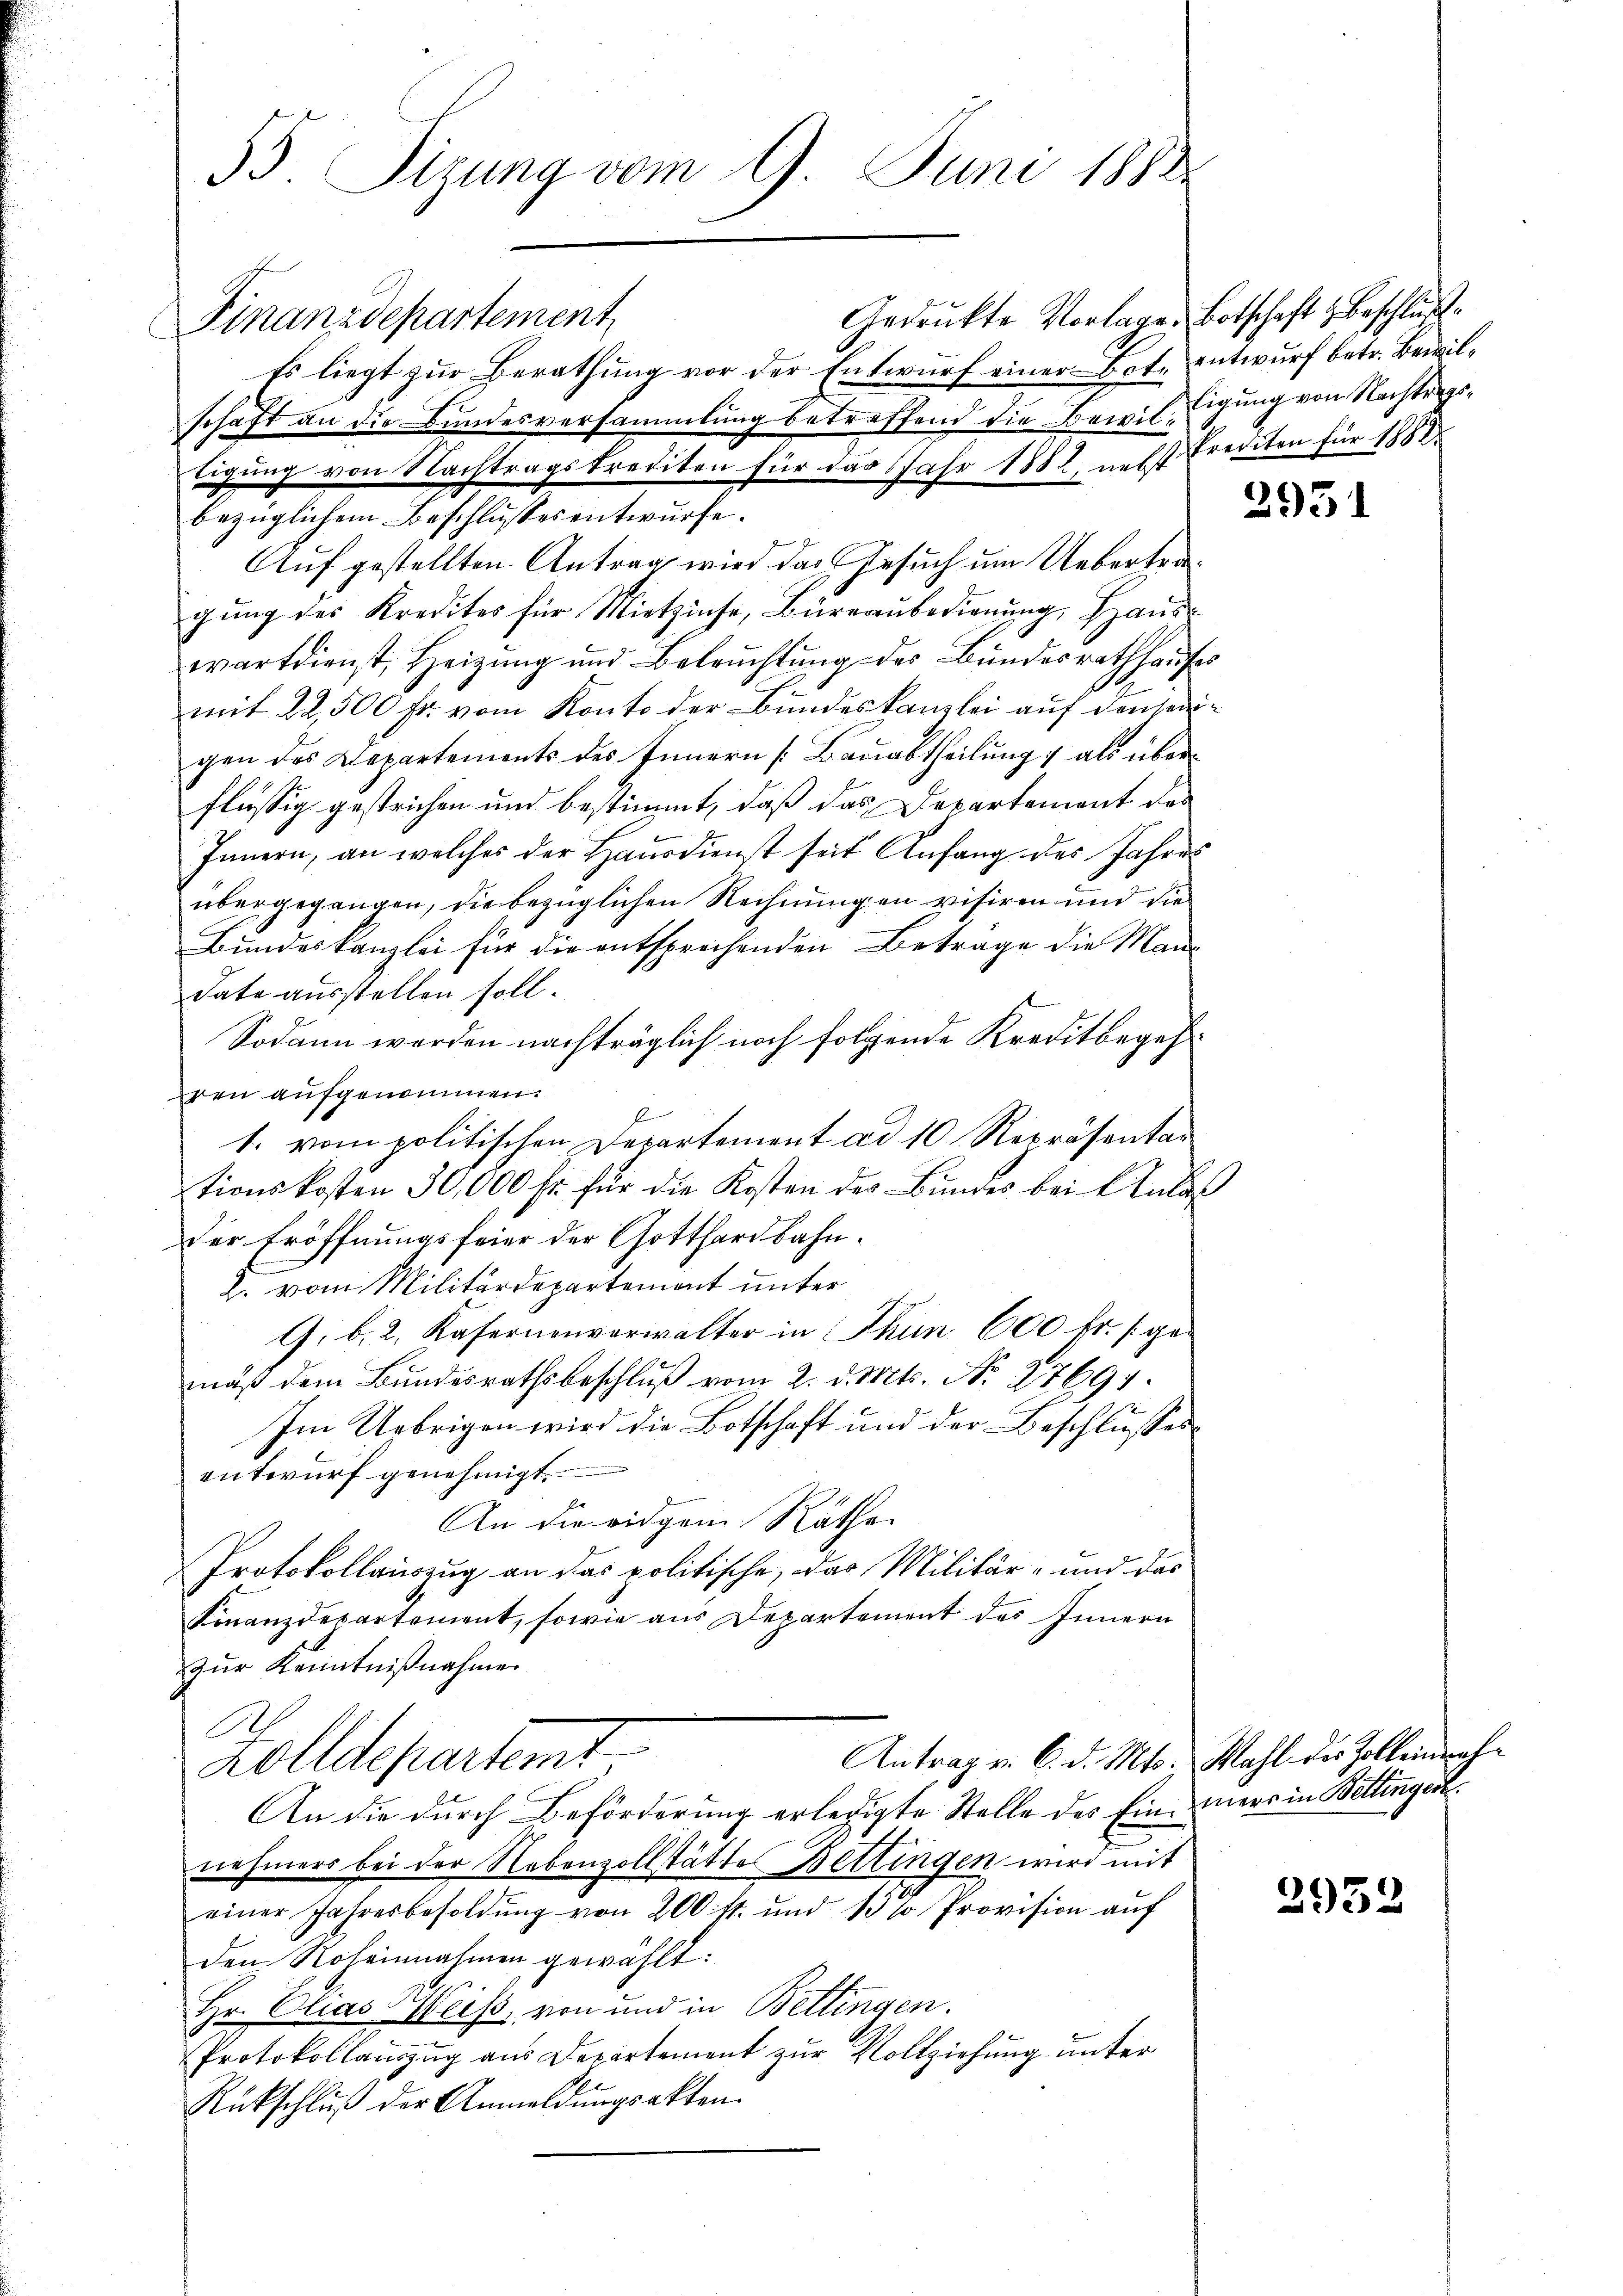
55. Sizung vom 1. Juni 1882

Gedruckte Vorlage Botschaft & Beschlus
Finanzdepartement
Es liegt zur Berathung vor der Entwurf einer Bote entwurf betr. Bewilschaft an die Bundesversammlung betreffend die Bewiltigung von Nachtragskrediten für das Jahr 1882, nebst Prediten für 1885
Auf gestellten Antrag wird das Gesuch um Uebertragung des Kredites für Mietzinse, Büreaubedienung, Haus
wartdienst, Heizung und Beleŭchtŭng des Bundesrathhause
mit 22,500 Fr. vom Konto der Bundeskanzlei auf den seigen des Departements des Innern Bauabtheilung 1 als überflüßig gestrichen und bestimmt, daß das Departement des
Innern, an welches der Hausdienst seit Anfang des Jahres
übergegangen, die bezüglichen Rechnungen visiren und die
Bundeskanzlei für die entsprechenden Betrage die Mandate ausstellen soll.
Sodann werden nachträglich noch folgende Kreditbegehren aufgenommen.
f
1. vom politischen Departement ad 10 Repräsentas
tionskosten 30,000 fr. für die Kosten der Bŭndes bei Anlas
der Eröffnungsfeier der Gotthardbahn.
2. vom Militärdepartement unter
G. b. 2. Kasernenverwalter in Thun 600 fr. s. gemäß dem Bundesrathsbeschluß vom 2. d. Mts. No 27691.
Im Uebrigen wird die Botschaft und der Beschlusses
entwurf genehmigt.
An die eidgen Räthe
Protokollauszug an das politische, das Militär- und das
Finanzdepartement, sowie aus Departement des Innern
zŭr Kenntnißnahmen
A
Antrag v. 6. d. Mts. Wahl der Zolleinnah¬
Zolldepartemt
An die durch Beförderung erledigte Stelle des Ein mer in Bettingert.
nehmers bei der Nebenzollstätte Bettingen wird mit
einer Jahresbesoldŭng von 200 fr. und 13 so Provision aŭf
den Roheinnahmen gewählt:
Hr. Chias Weiß, von und in Bettingen.
Protokollauszug aus Departement zur Vollziehung unter
Rückschluß der Anmeldungsakten.

bezüglichem Beschlusses entwurfe.

tigung von Nachtrags¬

2951

2932